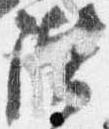
階